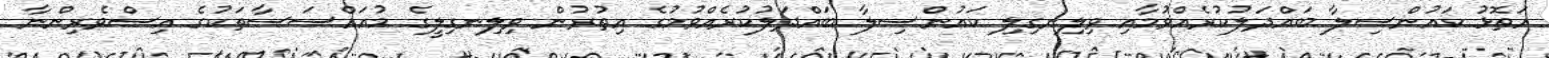
އަތޮޅު ކައުންސިލާ ބައްދަލުކުރެއްވުމާއި ވިލިނގިލި ކައުންސިލާ ބައްދަލުކުރެއްވުމުގެ އިތުރުން ވިލިނގިލީގެ މުއައްސަސާތަކުގެ އިސްވެރިންނާ